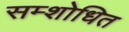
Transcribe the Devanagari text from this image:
सम्शोधित